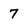
Character: 7